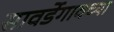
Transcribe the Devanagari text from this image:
सावर्डेगावच्या